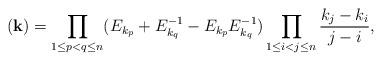
LaTeX: \begin{align*}(\mathbf{k}) = \prod_{1 \leq p<q \leq n}(E_{k_p} + E_{k_q}^{-1} - E_{k_p} E_{k_q}^{-1}) \prod_{1 \leq i < j \leq n} \frac{k_j-k_i}{j-i},\end{align*}